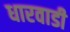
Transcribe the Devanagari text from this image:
धारवाडी